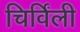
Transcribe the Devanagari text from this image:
चिर्विंली